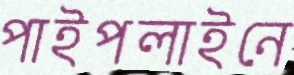
পাইপলাইনে